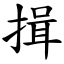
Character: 揖